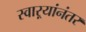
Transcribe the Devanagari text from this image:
स्वाऱ्यांनंतर